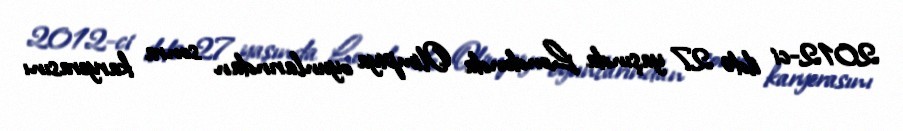
2012-ci ildə 27 yaşında Londonda Olimpiya oyunlarından sonra karyerasını